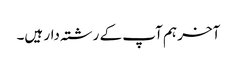
آخر ہم آپ کے رشتہ دار ہیں۔